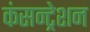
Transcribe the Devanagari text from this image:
कंसन्ट्रेशन